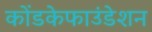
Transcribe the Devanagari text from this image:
कोंडकेफाउंडेशन